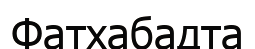
Фатхабадта